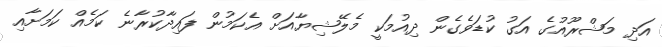
އަދި މަޝްރޫއުގެ އަގު ކުޑަވެގެން ދިއުމަކީ މެލޭޝިޔާއަށް އެކަމުން ފައިދާކުރާނެ ކަމެއް ކަމަށާއި